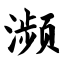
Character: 濒